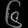
Digit: ၆